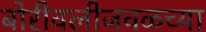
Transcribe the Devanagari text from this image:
बोरीवलीजवळच्या